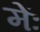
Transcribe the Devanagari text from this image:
मेंः